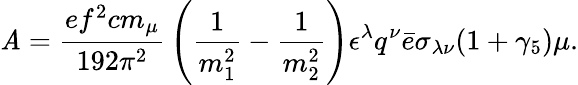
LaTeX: {\cal\mathit{A}}={\frac{{ef^{2}cm_{\mu}}}{{192\pi^{2}}}}\left({\frac{{1}}{{m_{1}^{2}}}}-{\frac{{1}}{{m_{2}^{2}}}}\right)\epsilon^{\lambda}q^{\nu}\bar{{e}}\sigma_{\lambda\nu}(1+\gamma_{5})\mu.